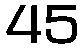
45